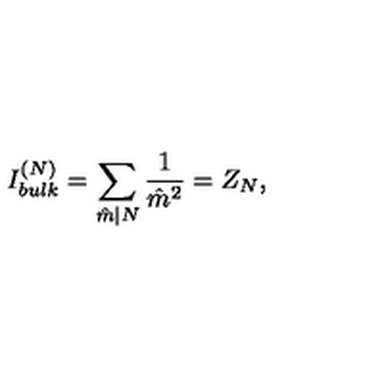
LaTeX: { I _ { b u l k } ^ { ( N ) } = \sum _ { \hat { m } | N } { \frac { 1 } { { \hat { m } } ^ { 2 } } } = Z _ { N } , }